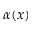
\alpha ( x )